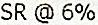
SR @ 6%